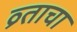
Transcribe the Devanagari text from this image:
व्र्ताचा